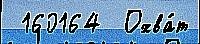
 160164  Охва́т